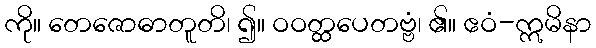
ကို။ တေဇောဓာတူတိ၊ ၍။ ဝဝတ္ထပေတဗ္ဗံ၊ ၏။ ဧဝံ-ဣမိနာ